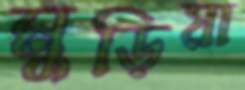
মুড়িয়া